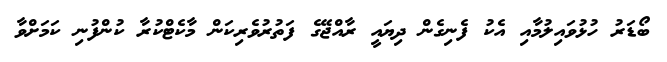
ބޯޑަރު ހުޅުވައިލުމާއި އެކު ފެނިގެން ދިޔައީ ރާއްޖޭގެ ފަތުރުވެރިކަން މާކެޓްކުރާ ކުންފުނި ކަމަށްވާ